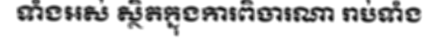
ទាំងអស់ ស្ថិតក្នុងការពិចារណា រាប់ទាំង